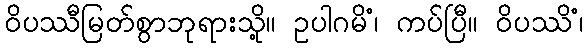
ဝိပဿီမြတ်စွာဘုရားသို့။ ဥပါဂမိံ၊ ကပ်ပြီ။ ဝိပဿိံ၊